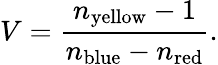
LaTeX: V={\frac{n_{\mathrm{yellow}}-1}{n_{\mathrm{blue}}-n_{\mathrm{red}}}}.